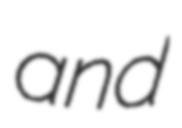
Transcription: and